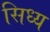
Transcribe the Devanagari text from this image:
सिध्य